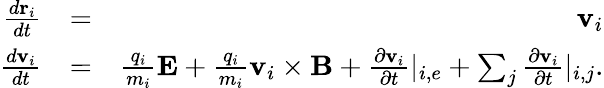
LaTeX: \begin{array}{rlr}{\frac{d\textbf{r}_{i}}{dt}}&{=}&{\textbf{v}_{i}}\\ {\frac{d\textbf{v}_{i}}{dt}}&{=}&{\frac{q_{i}}{m_{i}}\textbf{E}+\frac{q_{i}}{m_{i}}\textbf{v}_{i}\times\textbf{B}+\frac{\partial\textbf{v}_{i}}{\partial t}|_{i,e}+\sum_{j}\frac{\partial\textbf{v}_{i}}{\partial t}|_{i,j}.}\end{array}